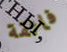
فائقة